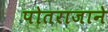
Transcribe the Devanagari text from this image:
पोतराजाने